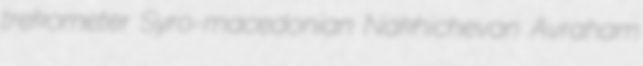
trekometer Syro-macedonian Nakhichevan Avraham